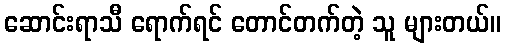
ဆောင်းရာသီ ရောက်ရင် တောင်တက်တဲ့ သူ များတယ်။